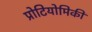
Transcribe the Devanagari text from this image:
प्रोटियोमिकी